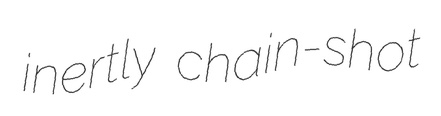
inertly chain-shot